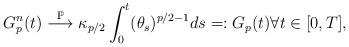
LaTeX: \begin{align*}G_p^n(t) \overset{\mathbb{P}}{\longrightarrow} \kappa_{p/2} \int_0^t (\theta_s)^{p/2-1}ds=:G_p(t) \forall t \in [0,T],\end{align*}